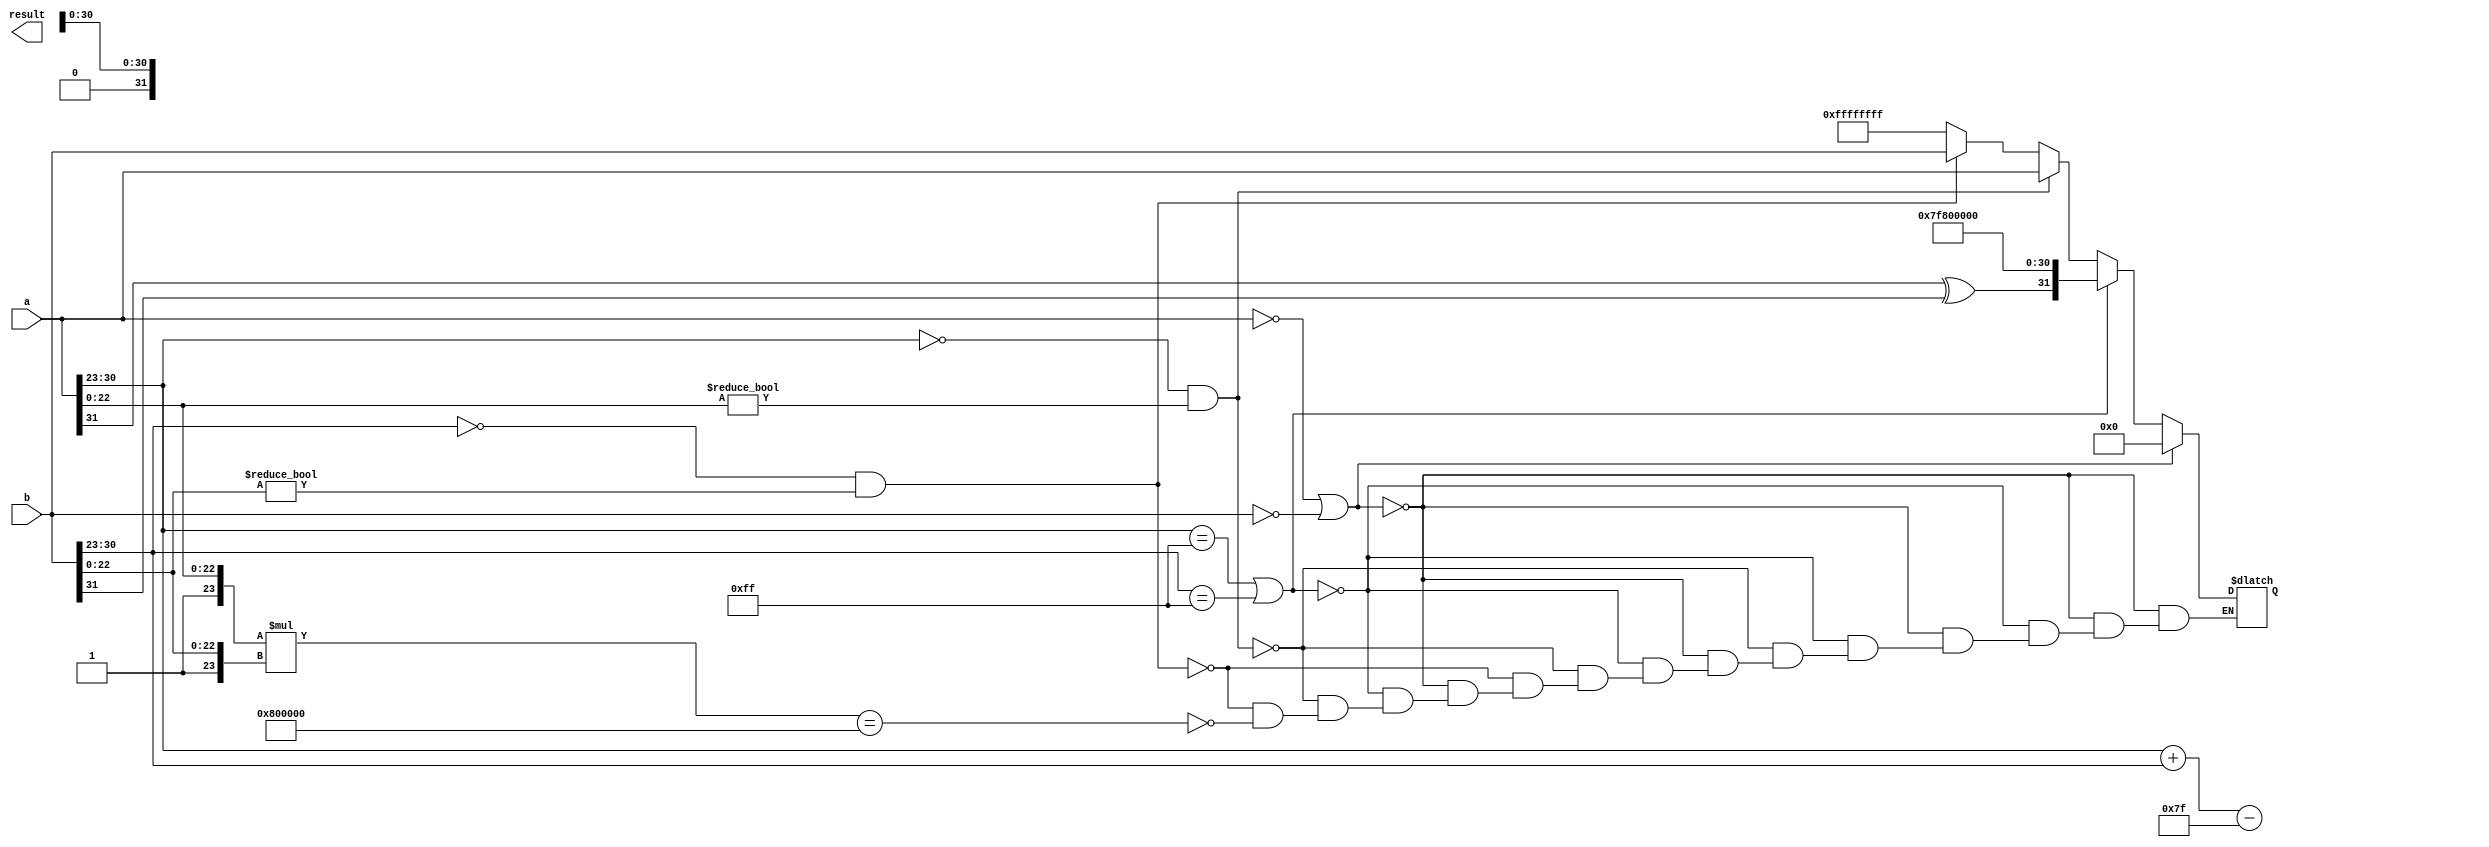
module fp_multiplier #(
    parameter N = 8,  // number of exponent bits
    parameter M = 23  // number of mantissa bits
) (
    input [N + M:0] a,  // Floating point input a (1 sign bit, N exponent bits, M mantissa bits)
    input [N + M:0] b,  // Floating point input b
    output reg [N + M:0] result // Floating point output result
);

    // Bias for exponent
    localparam BIAS = (1 << (N - 1)) - 1;

    // Decompose inputs
    wire S1 = a[N + M]; // Sign of a
    wire S2 = b[N + M]; // Sign of b
    wire [N-1:0] E1 = a[N + M - 1 : M]; // Exponent of a
    wire [N-1:0] E2 = b[N + M - 1 : M]; // Exponent of b
    wire [M:0] M1 = {1'b1, a[M-1:0]}; // Mantissa of a (with implicit leading 1)
    wire [M:0] M2 = {1'b1, b[M-1:0]}; // Mantissa of b (with implicit leading 1)

    // Intermediate signals
    wire [N + M + 1:0] M_result; // Resulting mantissa (M1 * M2)
    wire [N-1:0] E_result; // Resulting exponent
    wire S_result; // Resulting sign

    // Sign calculation
    assign S_result = S1 ^ S2;

    // Exponent calculation
    assign E_result = E1 + E2 - BIAS;

    // Mantissa multiplication
    assign M_result = M1 * M2; // The result could be up to M + M + 1 bits wide

    // Normalization
    always @(*) begin
        if (M_result[M + M]) begin // Check if leading 1 is in the overflow bit
            // Normalize - shift right and increment exponent
            result[N + M:0] = {S_result, E_result + 1'b1, M_result[M + M - 1:M + 1]};
        end else begin
            // Normal case, just take the mantissa and exponent
            result[N + M:0] = {S_result, E_result, M_result[M + M - 1:M + 1]};
        end
    end

    // Handle special cases: Zero, Infinity, NaN
    always @(*) begin
        if (a == 0 || b == 0) begin
            result = 0; // Zero case
        end else if (E1 == {N{1'b1}} || E2 == {N{1'b1}}) begin
            // If either is infinity, the result is infinity
            result = {S_result, {N{1'b1}}, {M{1'b0}}};
        end else if (E1 == {N{1'b0}} && M1[M-1:0] != 0) begin
            // If a is denormalized
            result = {S1, E1, M1[M-1:0]};
        end else if (E2 == {N{1'b0}} && M2[M-1:0] != 0) begin
            // If b is denormalized
            result = {S2, E2, M2[M-1:0]};
        end else if (M_result == {1'b1, {M{1'b0}}}) begin
            // Set result to NaN if multiplication results in NaN
            result = {1'b1, {N{1'b1}}, {M{1'b1}}}; // NaN
        end
    end

endmodule